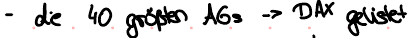
- die 40 größten AGs -> DAX gelistet